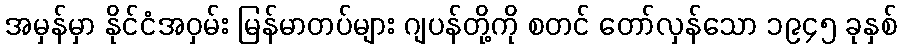
အမှန်မှာ နိုင်ငံအဝှမ်း မြန်မာတပ်များ ဂျပန်တို့ကို စတင် တော်လှန်သော ၁၉၄၅ ခုနှစ်